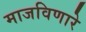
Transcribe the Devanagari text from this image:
माजविणारे